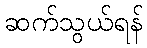
ဆက်သွယ်ရန်